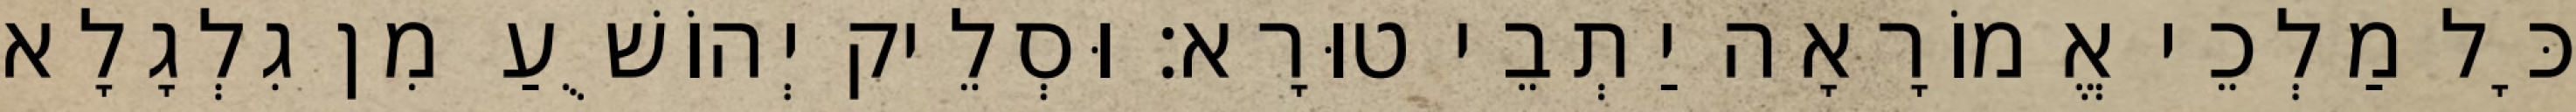
כָּל מַלְכֵי אֱמוֹרָאָה יַתְבֵי טוּרָא׃ וּסְלֵיק יְהוֹשֻׁעַ מִן גִלְגָלָא